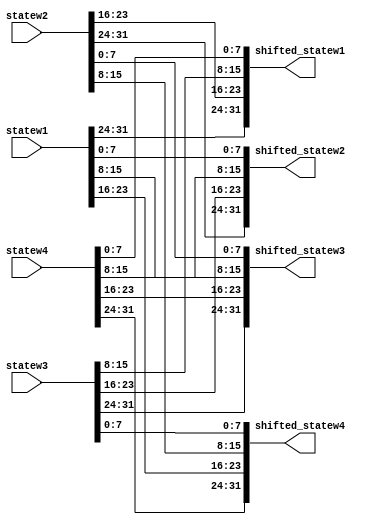
// aes shiftrow module
// 
// inputs
//  statew1 : first word of state matrix
//  statew2 : second word of state matrix
//  statew3 : third word of state matrix
//  statew4 : 4th word of state matrix
// outputs
//  shifted_statew1 : first word of translated first column
//  shifted_statew2 : second word of translated second column
//  shifted_statew3 : third word of translated third word
//  shifted_statew4 : 4th word of translated 4th word
// take state matrix by using 4 ports. each port take each column of state matrix
// and convert it into new matrix(shiftrow) and output using 4 ports. again each port deliver each column

module aes_shiftrow(
    input wire [31 : 0] statew1,
    input wire [31 : 0] statew2,
    input wire [31 : 0] statew3,
    input wire [31 : 0] statew4,

    output wire [31 : 0] shifted_statew1,
    output wire [31 : 0] shifted_statew2,
    output wire [31 : 0] shifted_statew3,
    output wire [31 : 0] shifted_statew4
);

    assign shifted_statew1 = {statew1[31 : 24], statew2[23 : 16], statew3[15 : 8], statew4[7 : 0]};
    assign shifted_statew2 = {statew2[31 : 24], statew3[23 : 16], statew4[15 : 8], statew1[7 : 0]};
    assign shifted_statew3 = {statew3[31 : 24], statew4[23 : 16], statew1[15 : 8], statew2[7 : 0]};
    assign shifted_statew4 = {statew4[31 : 24], statew1[23 : 16], statew2[15 : 8], statew3[7 : 0]};
    
endmodule